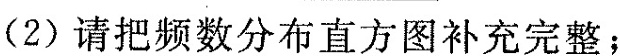
(2)请把频数分布直方图补充完整；